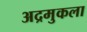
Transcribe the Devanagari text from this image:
अद्रमुकला